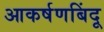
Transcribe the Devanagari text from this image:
आकर्षणबिंदू